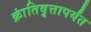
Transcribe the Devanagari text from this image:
क्रांतिवृत्तापर्यंत